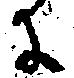
に